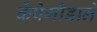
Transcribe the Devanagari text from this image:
केंपेगौडाने